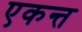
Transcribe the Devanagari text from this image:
एकन्त